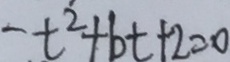
t ^ { 2 } + b t + 2 = 0